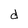
Character: d